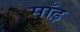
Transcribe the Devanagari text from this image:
साँढ़़